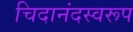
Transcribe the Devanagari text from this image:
चिदानंदस्वरूप